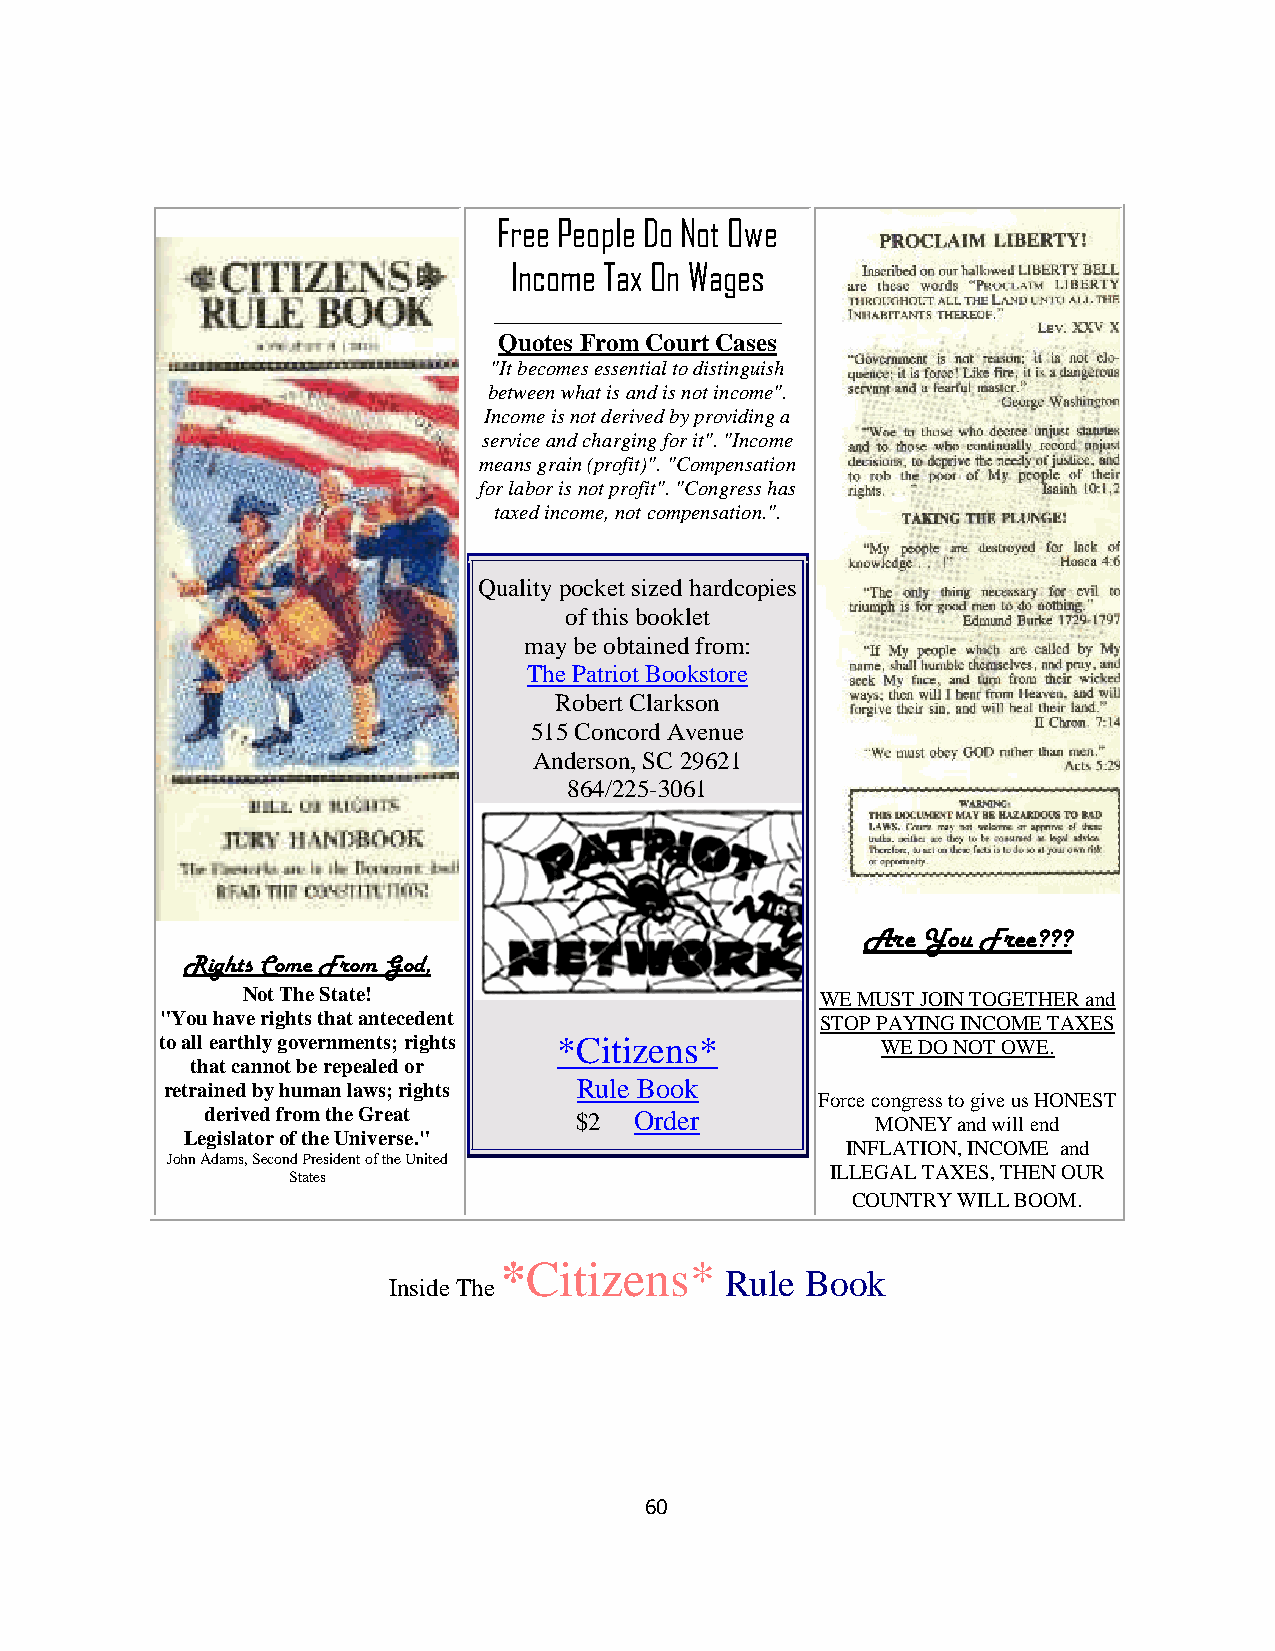
Free People Do Not Owe
 Income Tax On Wages
 _______________________
 Quotes From Court Cases
 "It becomes essential to distinguish
 between what is and is not income".
 Income is not derived by providing a
 service and charging for it". "Income
 means grain (profit)". "Compensation
 for labor is not profit". "Congress has
 taxed income, not compensation.".
 Quality pocket sized hardcopies
 of this booklet
 may be obtained from:
 The Patriot Bookstore
 Robert Clarkson
 515 Concord Avenue
 Anderson, SC 29621
 864/225-3061
 Are You Free???
 Rights Come From God,
 Not The State!                        WE MUST JOIN TOGETHER and
 "You have rights that antecedent           STOP PAYING INCOME TAXES
 to all earthly governments; rights *Citizens*  WE DO NOT OWE.
 that cannot be repealed or
 retrained by human laws; rights Rule Book
 Force congress to give us HONEST
 derived from the Great  $2  Order           MONEY and will end
 Legislator of the Universe."
 INFLATION, INCOME and
 John Adams, Second Pres ident of the United
 ILLEGAL TAXES, THEN OUR
 States
 COUNTRY WILL BOOM.
 *Citizens*
 Rule Book
 Inside The
 60